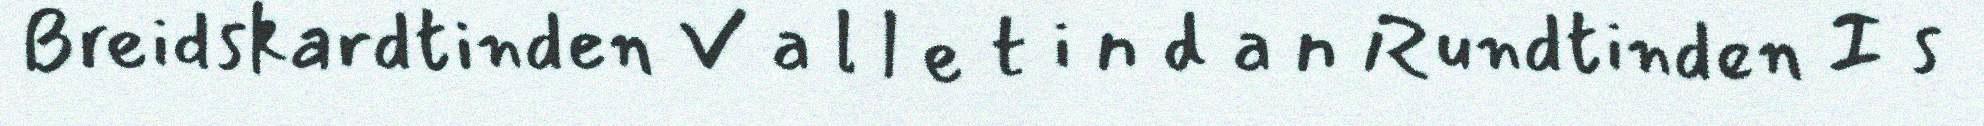
Breidskardtinden V a l l e t i n d a n Rundtinden I s